Madras plague regulations and rules - Volume 2
Disease focus: Plague
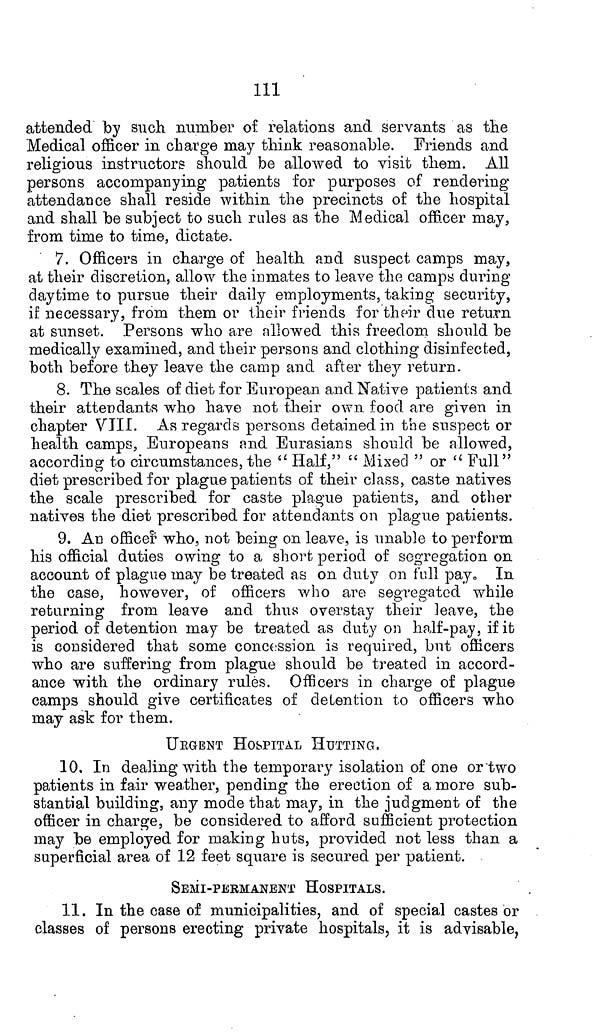
111
attended by such number of relations and servants as the
Medical officer in charge may think reasonable. Friends and
religious instructors should be allowed to visit them. All
persons accompanying patients for purposes of rendering
attendance shall reside within the precincts of the hospital
and shall be subject to such rales as the Medical officer may,
from time to time, dictate.
7. Officers in charge of health and suspect camps may,
at their discretion, allow the inmates to leave the camps during
daytime to pursue their daily employments, taking security,
if necessary, from them or their friends for their clue return
at sunset. Persons who are allowed this freedom should be
medically examined, and their persons and clothing disinfected,
both before they leave the camp and after they return.
8. The scales of diet for European and Native patients and
their attendants who have not their own food are given in
chapter VIII. As regards persons detained in the suspect or
health camps, Europeans and Eurasians should be allowed,
according to circumstances, the " Half," " Mixed " or " Full"
diet prescribed for plague patients of their class, caste natives
the scale prescribed for caste plague patients, and other
natives the diet prescribed for attendants on plague patients.
9. An officer who, not being on leave, is unable to perform
his official duties owing to a short period of segregation on
account of plague may be treated as on duty on full pay. In
the case, however, of officers who are segregated while
returning from leave and thus overstay their leave, the
period of detention may be treated as duty on half-pay, if it
is considered that some concession is required, but officers
who are suffering from plague should be treated in accord-
ance with the ordinary rules. Officers in charge of plague
camps should give certificates of detention to officers who
may ask for them.
URGENT HOSPITAL HUTTING.
10. In dealing with the temporary isolation of one or two
patients in fair weather, pending the erection of a more sub-
stantial building, any mode that may, in the judgment of the
officer in charge, be considered to afford sufficient protection
may be employed for making huts, provided not less than a
superficial area of 12 feet square is secured per patient.
SEMI-PERMANENT HOSPITALS.
11. In the case of municipalities, and of special castes or
classes of persons erecting private hospitals, it is advisable,